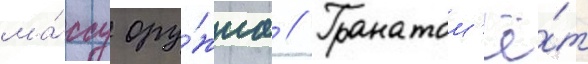
ма́ссу ору́жиа // Гранатом'ё́т